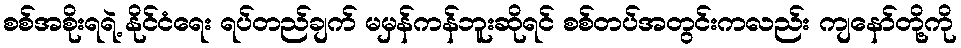
စစ်အစိုးရရဲ့ နိုင်ငံရေး ရပ်တည်ချက် မမှန်ကန်ဘူးဆိုရင် စစ်တပ်အတွင်းကလည်း ကျနော်တို့ကို